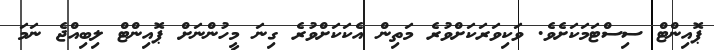
ޕޮއިންޓް ސިސްޓަމަކަށެވެ. ވަކިވަރަކަށްވުރެ މަތިން އެކަކަށްވުރެ ގިނަ މީހުންނަށް ޕޮއިންޓް ލިބިއްޖެ ނަމަ